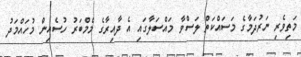
މަތިވެރި ނަރުދަމާގެ މަސައްކަތް ލަސްވާ މައްސަލާގައި އެ ދާއިރާގެ މެމްބަރު ހުސެއިން މުހައްމަދު